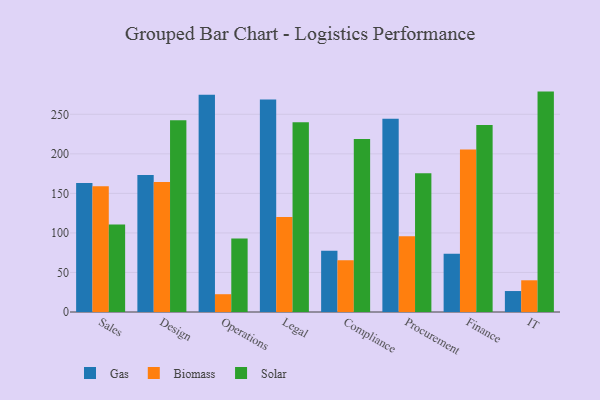
{"axis": {"x": "Department", "y": "Latency (ms)"}, "legend": ["Biomass", "Gas", "Solar"], "data": [{"x": "Sales", "y": 163.0, "type": "Gas"}, {"x": "Sales", "y": 159.0, "type": "Biomass"}, {"x": "Sales", "y": 110.7, "type": "Solar"}, {"x": "Design", "y": 173.3, "type": "Gas"}, {"x": "Design", "y": 164.5, "type": "Biomass"}, {"x": "Design", "y": 242.5, "type": "Solar"}, {"x": "Operations", "y": 274.8, "type": "Gas"}, {"x": "Operations", "y": 22.5, "type": "Biomass"}, {"x": "Operations", "y": 92.8, "type": "Solar"}, {"x": "Legal", "y": 268.8, "type": "Gas"}, {"x": "Legal", "y": 120.0, "type": "Biomass"}, {"x": "Legal", "y": 239.9, "type": "Solar"}, {"x": "Compliance", "y": 77.5, "type": "Gas"}, {"x": "Compliance", "y": 65.4, "type": "Biomass"}, {"x": "Compliance", "y": 218.9, "type": "Solar"}, {"x": "Procurement", "y": 244.5, "type": "Gas"}, {"x": "Procurement", "y": 95.9, "type": "Biomass"}, {"x": "Procurement", "y": 175.5, "type": "Solar"}, {"x": "Finance", "y": 73.8, "type": "Gas"}, {"x": "Finance", "y": 205.6, "type": "Biomass"}, {"x": "Finance", "y": 236.4, "type": "Solar"}, {"x": "IT", "y": 26.5, "type": "Gas"}, {"x": "IT", "y": 40.1, "type": "Biomass"}, {"x": "IT", "y": 278.7, "type": "Solar"}]}